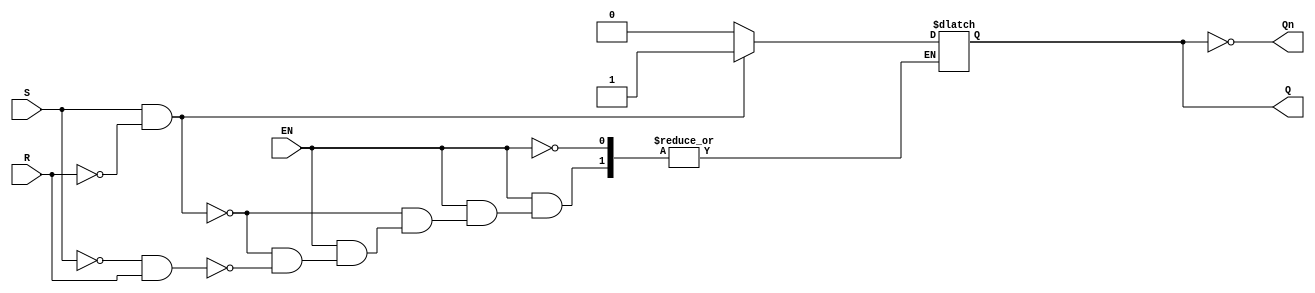
module gated_sr_latch (
    input wire S,      // Set input
    input wire R,      // Reset input
    input wire EN,     // Enable input
    output reg Q,      // Output Q
    output wire Qn     // Complementary output Q'
);

    // Complementary output
    assign Qn = ~Q;

    always @(*) begin
        if (EN) begin
            if (S && !R) begin
                Q = 1;   // Set Q to 1
            end else if (!S && R) begin
                Q = 0;   // Reset Q to 0
            end else if (S && R) begin
                // Invalid state for SR latch, can be handled as needed
                // Here we can choose to keep the previous state or set to a default
                // For simplicity, we will keep the previous state
                // Q remains unchanged
            end else begin
                // When both S and R are low, retain the previous state
                // Q remains unchanged
            end
        end
        // If EN is low, Q retains its previous value
    end

endmodule